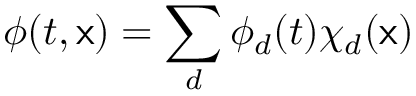
\phi ( t , \mathsf { x } ) = \sum _ { d } \phi _ { d } ( t ) \chi _ { d } ( \mathsf { x } )